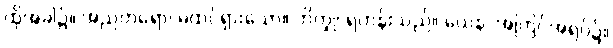
ထိုအခါ၌။ အညတရော၊ မထင်ရှားသော။ ဘိက္ခု၊ ရဟန်းသည်။ ယေန၊ အကြင်အရပ်၌။